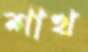
শাখ